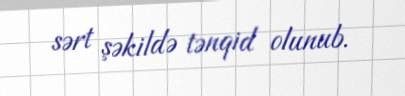
sərt şəkildə tənqid olunub.